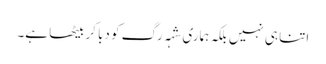
اتنا ہی نہیں بلکہ ہماری شہہ رگ کو دبا کر بیٹھا ہے۔